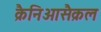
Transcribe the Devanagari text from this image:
क्रैनिओसैक्रल